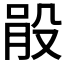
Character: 𣪓